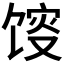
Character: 𱄂